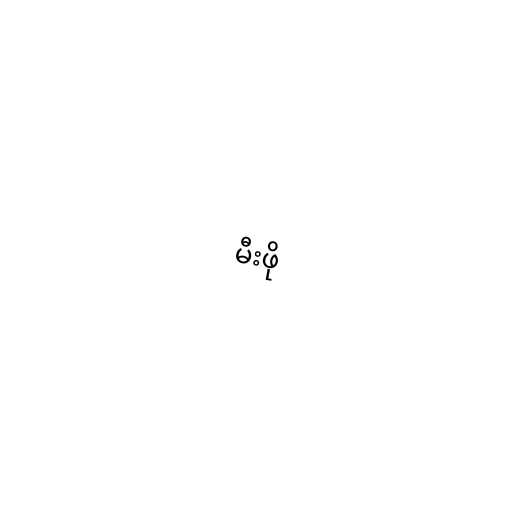
မီးဖို